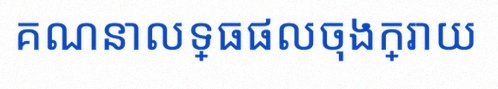
គណនាលទ្ធផលចុងក្រោយ